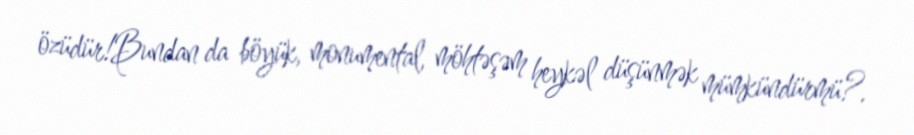
özüdür!Bundan da böyük, monumental, möhtəşəm heykəl düşünmək mümkündürmü?.